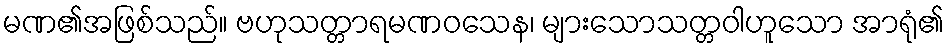
မဏ၏အဖြစ်သည်။ ဗဟုသတ္တာရမဏဝသေန၊ များသောသတ္တဝါဟူသော အာရုံ၏